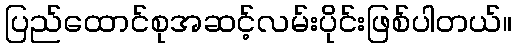
ပြည်ထောင်စုအဆင့်လမ်းပိုင်းဖြစ်ပါတယ်။